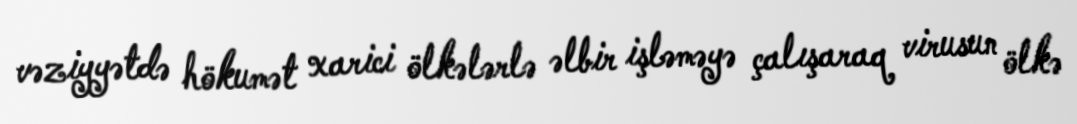
vəziyyətdə hökumət xarici ölkələrlə əlbir işləməyə çalışaraq virusun ölkə